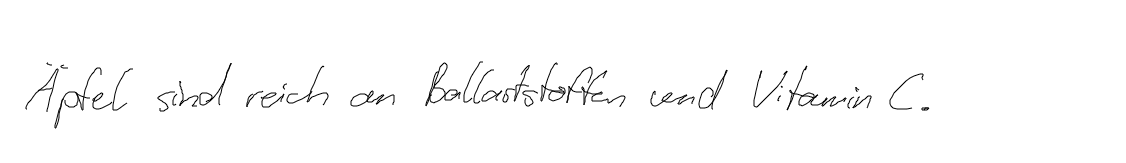
Äpfel sind reich an Ballaststoffen und Vitamin C.